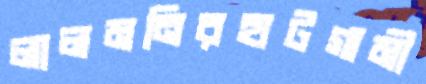
লালমনিরহাটগামী